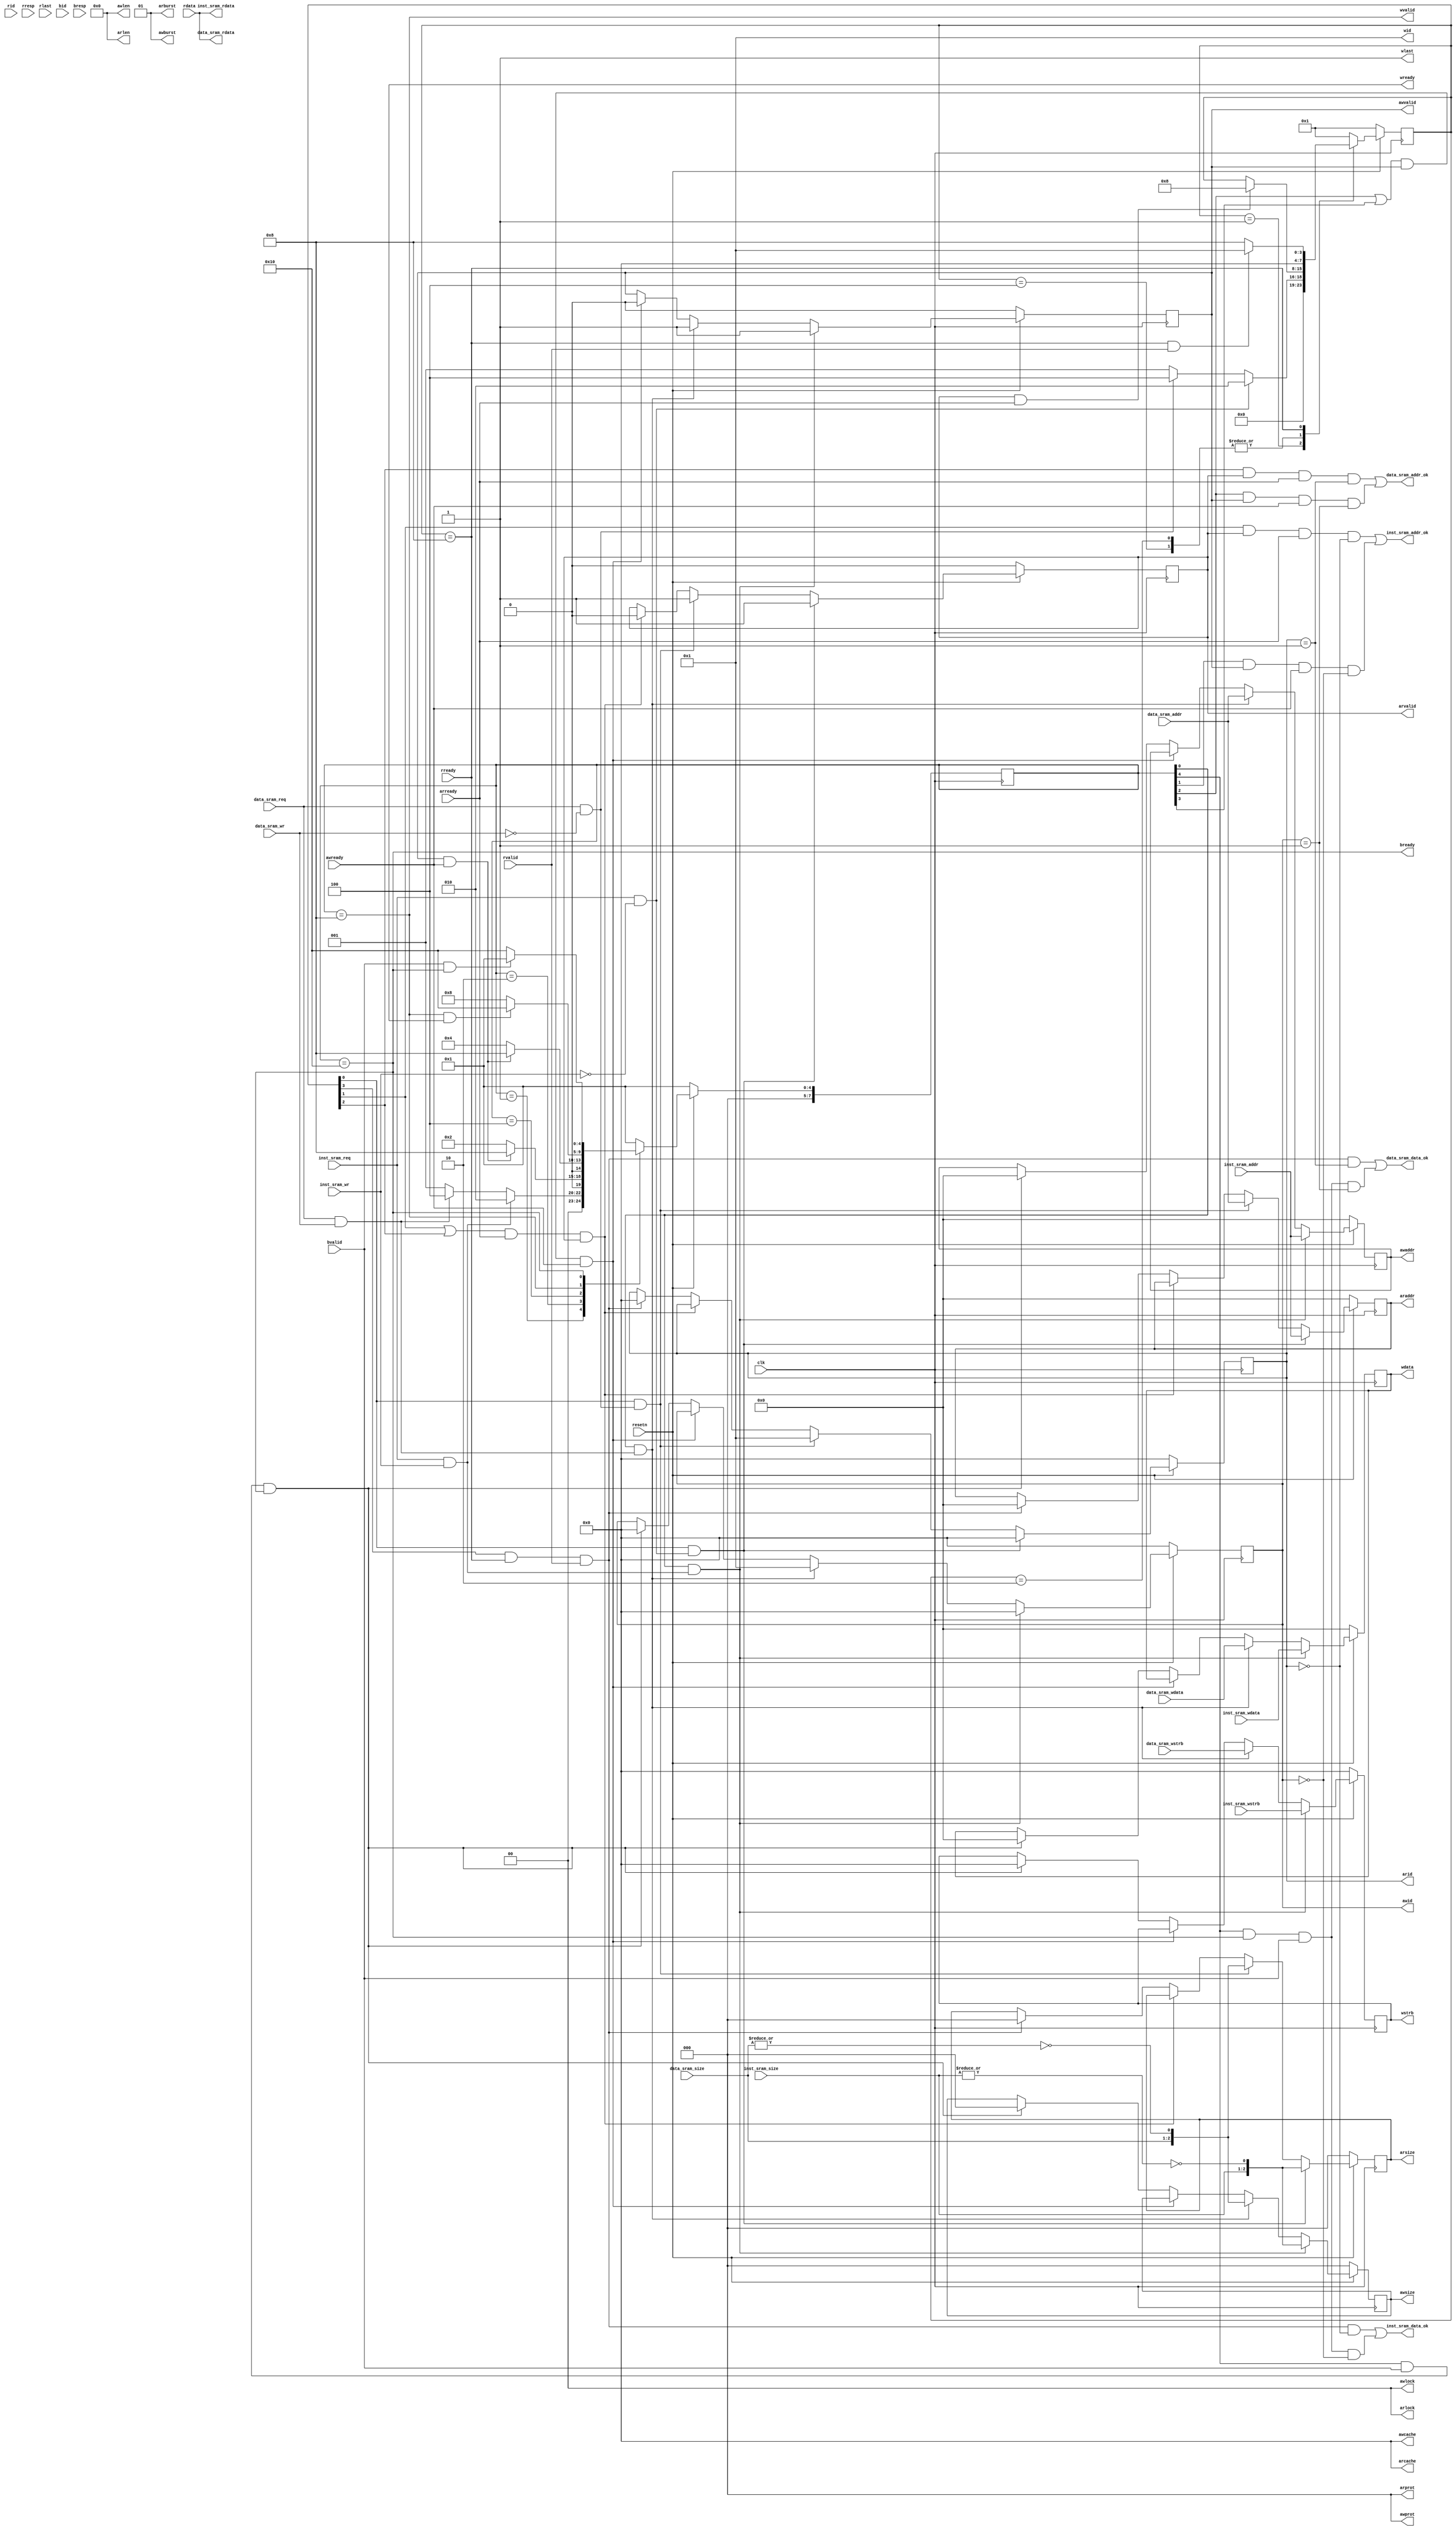
module axi_bridge(
    input         clk,
    input         resetn,
    input         inst_sram_req,
    input         inst_sram_wr,
    input  [ 1:0] inst_sram_size,
    input  [ 3:0] inst_sram_wstrb,
    input  [31:0] inst_sram_addr,
    input  [31:0] inst_sram_wdata,
    output        inst_sram_addr_ok,
    output        inst_sram_data_ok,
    output [31:0] inst_sram_rdata,
    input         data_sram_req,
    input         data_sram_wr,
    input  [ 1:0] data_sram_size,
    input  [ 3:0] data_sram_wstrb,
    input  [31:0] data_sram_addr,
    input  [31:0] data_sram_wdata,
    output        data_sram_addr_ok,
    output        data_sram_data_ok,
    output [31:0] data_sram_rdata,
    output [ 3:0] arid,         //id01
    output [31:0] araddr,       //
    output [ 7:0] arlen,        //0
    output [ 2:0] arsize,       //
    output [ 1:0] arburst,      //0b01
    output [ 1:0] arlock,       //0
    output [ 3:0] arcache,      //cache0
    output [ 2:0] arprot,       //0
    output        arvalid,      //
    input         arready,      //slave
    input  [ 3:0] rid,          //idridarid01
    input  [31:0] rdata,        //
    input  [ 1:0] rresp,        //
    input         rlast,        //
    input         rvalid,       //
    input         rready,       //master
    output [ 3:0] awid,         //id1
    output [31:0] awaddr,       //
    output [ 7:0] awlen,        //0
    output [ 2:0] awsize,       //
    output [ 1:0] awburst,      //0b01
    output [ 1:0] awlock,       //0
    output [ 3:0] awcache,      //cache0
    output [ 2:0] awprot,       //0
    output        awvalid,      //
    input         awready,      //slave
    output [ 3:0] wid,          //id1
    output [31:0] wdata,        //
    output [ 3:0] wstrb,        //
    output        wlast,        //1
    output        wvalid,       //
    output        wready,       //slave
    input  [ 3:0] bid,          //idbidwidawid
    input  [ 1:0] bresp,        //
    input         bvalid,       //
    output        bready        //master
);

wire [2:0] asize_data;
wire [2:0] asize_inst;
assign asize_data = {data_sram_size[1:0], ~(|data_sram_size[1:0])};
assign asize_inst = {inst_sram_size[1:0], ~(|inst_sram_size[1:0])};

/******************** DECALRATION ********************/

reg [7:0] r_cur_state;
reg [7:0] r_next_state;
reg [7:0] w_cur_state;
reg [7:0] w_next_state;
reg [ 3:0] arid_r;
reg [31:0] araddr_r;
reg [ 2:0] arsize_r;
reg        arvalid_r;
reg [ 3:0] awid_r;
reg [31:0] awaddr_r;
reg [ 2:0] awsize_r;
reg        awvalid_r;
reg [31:0] wdata_r;
reg [ 3:0] wstrb_r;
wire cpu_inst_read_req;
wire cpu_inst_write_req;
wire cpu_data_read_req;
wire cpu_data_write_req;
/******************** READ STATE MACHINE ********************/

localparam READ_INIT = 8'h01,           //r_cur_state[0]      
           READ_INST_REQ = 8'h02,       //r_cur_state[1]    
           READ_DATA_REQ = 8'h04,       //r_cur_state[2]    
           READ_DONE = 8'h08;           //r_cur_state[3]  

always @(posedge clk) begin
    if(!resetn)
        r_cur_state <= READ_INIT;
    else
        r_cur_state <= r_next_state;
end

always @(*) begin
    case(r_cur_state)
        READ_INIT: begin
            if(cpu_inst_read_req)
                r_next_state = READ_INST_REQ;
            else if(cpu_data_read_req)
                r_next_state = READ_DATA_REQ;
            else
                r_next_state = READ_INIT;
        end
        READ_INST_REQ, READ_DATA_REQ: begin
            if(arvalid_r & arready)
                r_next_state = READ_DONE;
            else
                r_next_state = r_cur_state;
        end
        READ_DONE: begin
            if(rready & rvalid)
                r_next_state = READ_INIT;
            else 
                r_next_state = READ_DONE;
        end
        default: 
            r_next_state = READ_INIT;
    endcase
end

always @(posedge clk) begin
    if(~resetn) begin
        arid_r <= 4'b0;
        arvalid_r <= 1'b0;
        arsize_r <= 3'b0;
        araddr_r <= 32'b0;
    end
    else if(r_cur_state[0] & cpu_inst_read_req) begin
        arid_r <= 4'b0;
        arvalid_r <= 1'b1;
        arsize_r <= asize_inst;
        araddr_r <= inst_sram_addr;
    end
    else if(r_cur_state[0] & cpu_data_read_req) begin
        arid_r <= 4'b1;
        arvalid_r <= 1'b1;
        arsize_r <= asize_data;
        araddr_r <= data_sram_addr;
    end
    else if((r_cur_state[1] | r_cur_state[2]) & arready & arvalid) begin       
        arvalid_r <= 1'b0;
    end
    else if(r_cur_state[3] & rready & rvalid) begin
        arid_r <= 4'b0;
        arsize_r <= 3'b0;
        araddr_r <= 32'b0;
    end
end

/******************** READ COMBINATIONAL LOGIC ********************/

assign arid = arid_r;
assign araddr = araddr_r;
assign arlen = 8'b0;
assign arsize = arsize_r;
assign arburst = 2'b01;
assign arlock = 2'b0;
assign arcache = 4'b0;
assign arprot = 3'b0;
assign arvalid = arvalid_r;
assign rready = (r_cur_state == READ_DONE);

/******************** WRITE STATE MACHINE ********************/

localparam WRITE_INIT = 8'h01,          //w_cur_state[0]  
           WRITE_INST_REQ = 8'h02,      //w_cur_state[1]  
           WRITE_DATA_REQ = 8'h04,      //w_cur_state[2]  
           WRITE_DATA_OK = 8'h08,       //w_cur_state[3]  
           WRITE_DONE = 8'h10;          //w_cur_state[4]  

always @(posedge clk) begin
    if(!resetn)
        w_cur_state <= WRITE_INIT;
    else
        w_cur_state <= w_next_state;
end

always @(*) begin
    case(w_cur_state)
        WRITE_INIT: begin
            if(cpu_inst_write_req)
                w_next_state = WRITE_INST_REQ;
            else if(cpu_data_write_req)
                w_next_state = WRITE_DATA_REQ;
            else
                w_next_state = WRITE_INIT;
        end
        WRITE_INST_REQ: begin
            if(awvalid & awready)
                w_next_state = WRITE_DATA_OK;
            else 
                w_next_state = WRITE_INST_REQ;
        end
        WRITE_DATA_REQ: begin
            if(awvalid & awready)
                w_next_state = WRITE_DATA_OK;
            else
                w_next_state = WRITE_DATA_REQ;
        end
        WRITE_DATA_OK: begin
            if(wvalid & wready)
                w_next_state = WRITE_DONE;
            else    
                w_next_state = WRITE_DATA_OK;
        end
        WRITE_DONE: begin
            if(bvalid & bready)
                w_next_state = WRITE_INIT;
            else
                w_next_state = WRITE_DONE;
        end
        default:
            w_next_state = WRITE_INIT;
    endcase
end

always @(posedge clk) begin
    if(~resetn) begin
        awid_r <= 4'b0;
        awaddr_r <= 32'b0;
        awsize_r <= 3'b0;
        awvalid_r <= 1'b0;
        wdata_r <= 32'b0;
        wstrb_r <= 4'b0;
    end
    else if(w_cur_state[0] & cpu_inst_write_req) begin
        awid_r <= 4'b0;
        awaddr_r <= inst_sram_addr;
        awsize_r <= asize_inst;
        awvalid_r <= 1'b1;
        wdata_r <= inst_sram_wdata;
        wstrb_r <= inst_sram_wstrb;
    end
    else if(w_cur_state[0] & cpu_data_write_req) begin
        awid_r <= 4'b1;
        awaddr_r <= data_sram_addr;
        awsize_r <= asize_data;
        awvalid_r <= 1'b1;
        wdata_r <= data_sram_wdata;
        wstrb_r <= data_sram_wstrb;
    end
    else if((w_cur_state[2] | w_cur_state[3]) & awvalid & awready) begin
        awvalid_r <= 1'b0;
    end
    else if(w_cur_state[4] & bvalid & bready) begin
        awid_r <= 4'b0;
        awaddr_r <= 32'b0;
        awsize_r <= 3'b0;
        wdata_r <= 32'b0;
        wstrb_r <= 4'b0; 
    end
end

/******************** WRITE COMBINATIONAL LOGIC ********************/

assign awid = awid_r;
assign awaddr = awaddr_r;
assign awlen = 8'b0;
assign awsize = awsize_r;
assign awburst = 2'b01;
assign awlock = 2'b0;
assign awcache = 4'b0;
assign awprot = 3'b0;
assign awvalid = awvalid_r;
assign wid = 4'b1;
assign wdata = wdata_r;
assign wstrb = wstrb_r;
assign wlast = 1'b1;
assign wvalid = (w_cur_state == WRITE_DATA_OK);  
assign bready = (w_cur_state == WRITE_DONE);

/******************** CPU INTERFACE ********************/

assign cpu_inst_read_req = inst_sram_req & ~inst_sram_wr;       //wr01
assign cpu_inst_write_req = inst_sram_req & inst_sram_wr;
assign cpu_data_read_req = data_sram_req & ~data_sram_wr;
assign cpu_data_write_req = data_sram_req & data_sram_wr;
assign inst_sram_addr_ok = (r_cur_state[1] & arvalid & arready & (arid_r == 4'b0)) |
                           (w_cur_state[1] & awvalid & awready & (awid_r == 4'b0));
assign inst_sram_data_ok = (r_cur_state[3] & rready & rvalid & (arid_r == 4'b0)) |
                           (w_cur_state[4] & bready & bvalid & (awid_r == 4'b0));
assign inst_sram_rdata = rdata;
assign data_sram_addr_ok = (r_cur_state[2] & arvalid & arready & (arid_r == 4'b1)) |
                           (w_cur_state[2] & awvalid & awready & (awid_r == 4'b1));
assign data_sram_data_ok = (r_cur_state[3] & rready & rvalid & (arid_r == 4'b1)) |
                           (w_cur_state[4] & bready & bvalid & (awid_r == 4'b1));
assign data_sram_rdata = rdata;

endmodule